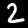
Label: 2